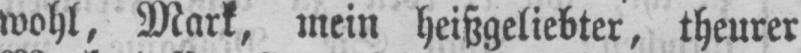
wohl, Mark, mein heißgeliebter, theurer